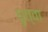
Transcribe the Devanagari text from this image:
धृत्वा